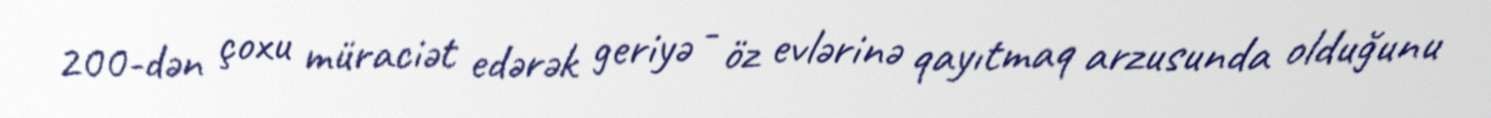
200-dən çoxu müraciət edərək geriyə - öz evlərinə qayıtmaq arzusunda olduğunu